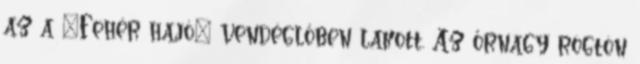
az a "Fehér hajó" vendéglőben lakott. Az őrnagy rögtön